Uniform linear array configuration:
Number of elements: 12
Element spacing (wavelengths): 0.25
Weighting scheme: cosine
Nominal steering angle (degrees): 15
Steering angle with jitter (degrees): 13.257
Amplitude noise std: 0.05
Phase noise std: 0.05

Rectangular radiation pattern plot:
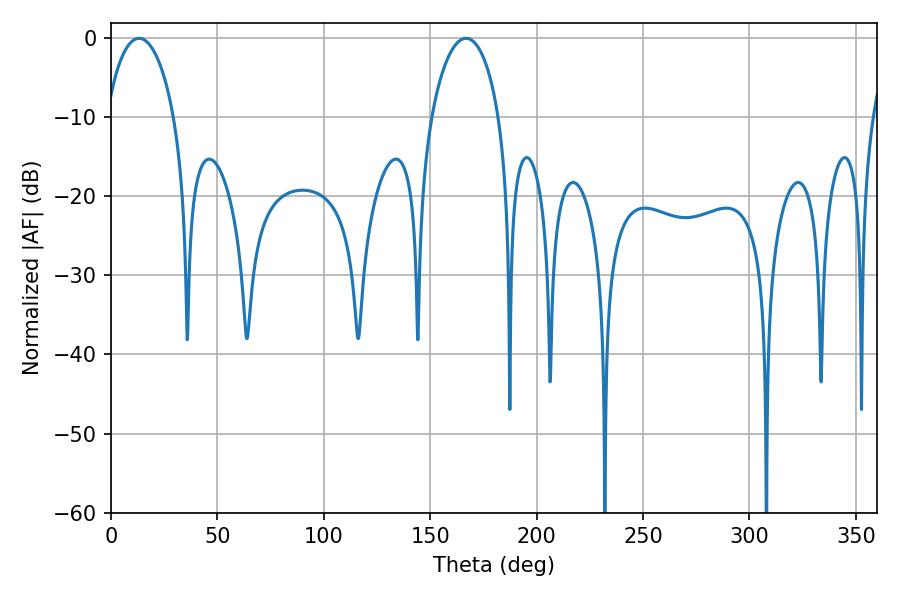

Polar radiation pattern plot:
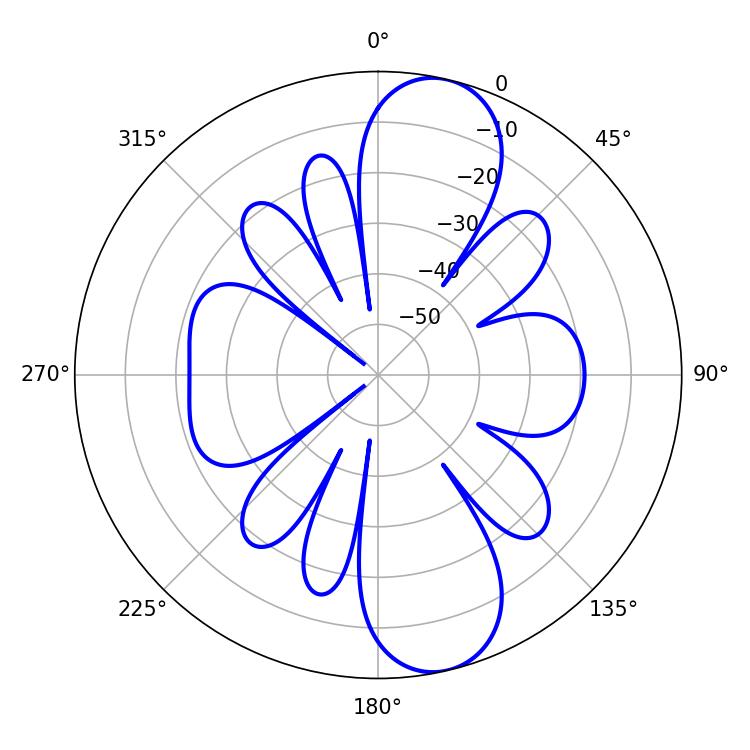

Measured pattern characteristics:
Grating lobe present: FALSE
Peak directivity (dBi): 11.09
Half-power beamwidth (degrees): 18.18
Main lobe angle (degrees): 13.14